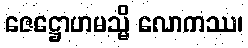
ဇေဋ္ဌောဟမသ္မိ လောကဿ၊